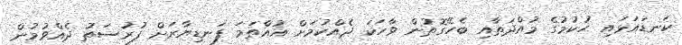
ކަނޑައަޅައި ހުކުމުގެ މުއްދަތާާއި ބެހޭގޮތުން ވާހަކަ ދެއްކުމަށް އުއްތަމަ ފަނޑިޔާރަށް ފުރުސަތު ދެއްވުމުން